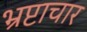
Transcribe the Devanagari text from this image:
भ्रप्टाचार